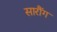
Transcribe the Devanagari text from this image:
सारौंग